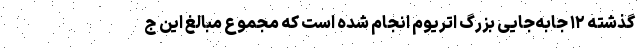
گذشته ۱۲ جابه‌جایی بزرگ اتریوم انجام شده است که مجموع مبالغ این ج